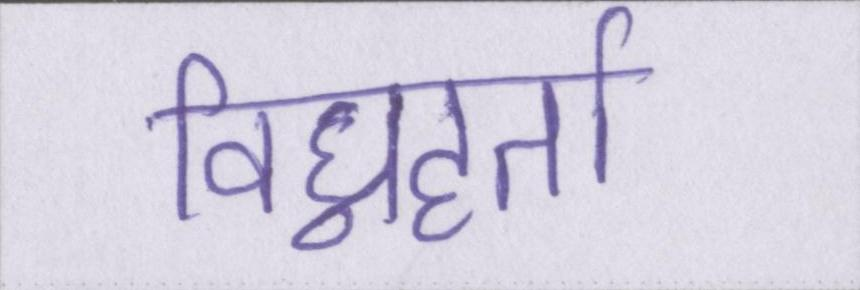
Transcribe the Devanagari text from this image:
विघ्नहर्ता